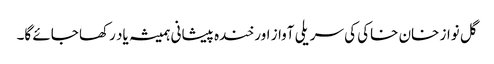
گل نواز خان خاکی کی سریلی آواز اور خندہ پیشانی ہمیشہ یاد رکھا جائے گا۔